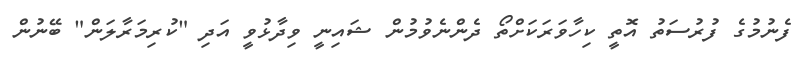
ފެނުމުގެ ފުރުސަތު އޮތީ ކިހާވަރަކަށްތޯ ދެންނެވުމުން ޝައިނީ ވިދާޅުވީ އަދި "ކުރިމަރާލަން" ބޭނުން